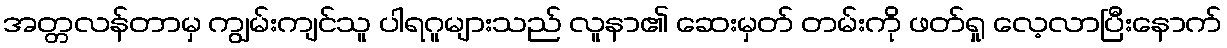
အတ္တလန်တာမှ ကျွမ်းကျင်သူ ပါရဂူများသည် လူနာ၏ ဆေးမှတ် တမ်းကို ဖတ်ရှု လေ့လာပြီးနောက်